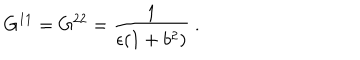
LaTeX: G ^ { 1 1 } = G ^ { 2 2 } = \frac { 1 } { \epsilon ( 1 + b ^ { 2 } ) } ~ .